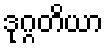
ဒုဂ္ဂတိယာ